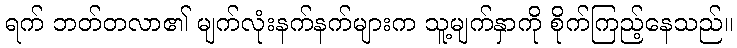
ရက် ဘတ်တလာ၏ မျက်လုံးနက်နက်များက သူ့မျက်နှာကို စိုက်ကြည့်နေသည်။